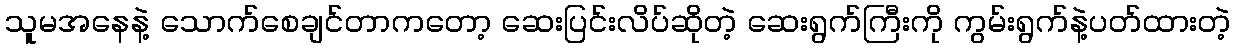
သူမအနေနဲ့ သောက်စေချင်တာကတော့ ဆေးပြင်းလိပ်ဆိုတဲ့ ဆေးရွက်ကြီးကို ကွမ်းရွက်နဲ့ပတ်ထားတဲ့